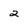
Character: 2